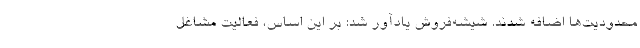
محدودیت‌ها اضافه شدند. شیشه‌فروش یادآور شد: بر این اساس، فعالیت مشاغل